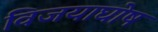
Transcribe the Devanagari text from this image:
विजयाघोष